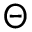
\Theta